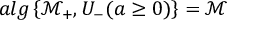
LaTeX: a l g \left\{ \mathcal { M } _ { + } , U _ { - } ( a \geq 0 ) \right\} = \mathcal { M }